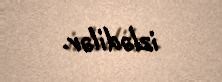
izlədilər.